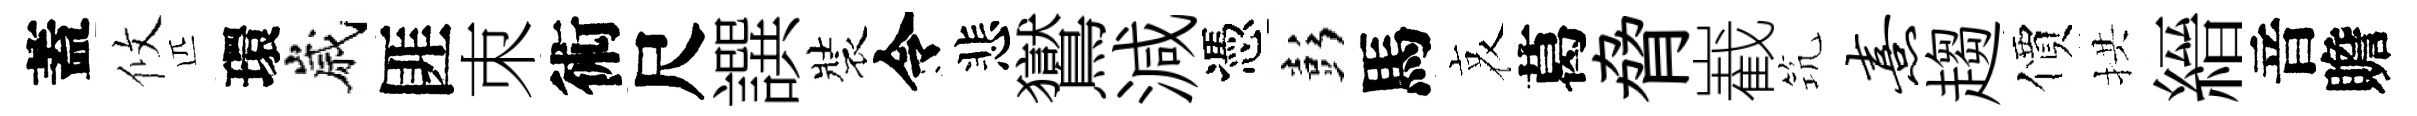
蓋攸匹環嵗匪朿術尺譔裝令悲鸑減憑彭馬哀葛脅嶻𥬑熹趨價拱縉音贍